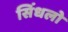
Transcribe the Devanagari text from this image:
सिंधलो